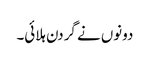
دونوں نے گردن ہلائی۔